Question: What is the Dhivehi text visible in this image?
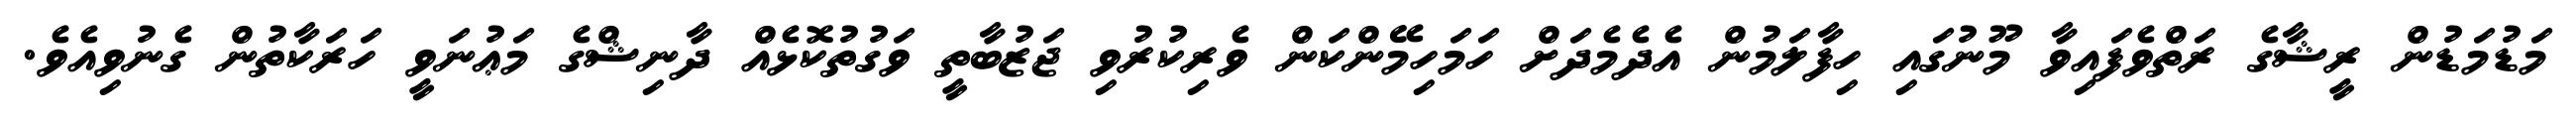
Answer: މަޑުމަޑުން ރީޝާގެ ރަތްވެފައިވާ މޫނުގައި ހިފާލަމުން އެދެމެދަށް ހަމަހިމޭންކަން ވެރިކުރުވި ޖަޒުބާތީ ވަގުތުކޮޅެއް ދާނިޝްގެ މަޢުނަވީ ހަރަކާތުން ގެނުވިއެވެ.